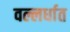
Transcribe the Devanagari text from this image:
वल्लर्धात